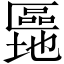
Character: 𫧜